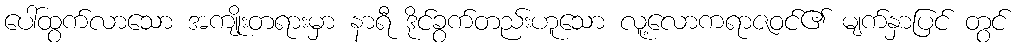
ပေါ်ထွက်လာသော အကျိုးတရားမှာ နာရီ ဒိုင်ခွက်တည်းဟူသော လူ့လောကရာဇဝင်၏ မျက်နှာပြင် တွင်